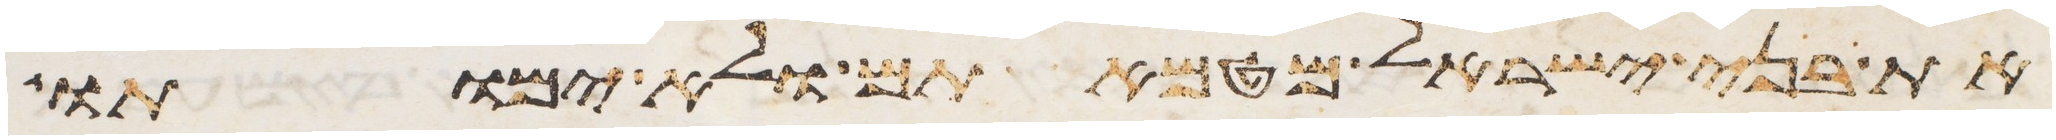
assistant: את בני ישראל מטמאתם ולא ימותו